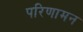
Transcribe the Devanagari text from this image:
परिणामन